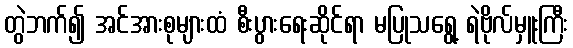
တွဲဘက်၍ အင်အားစုများထံ စီးပွားရေးဆိုင်ရာ မပြုသရွေ့ ရဲဗိုလ်မှူးကြီး